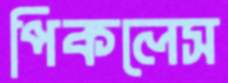
পিকলেস